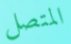
المتصل